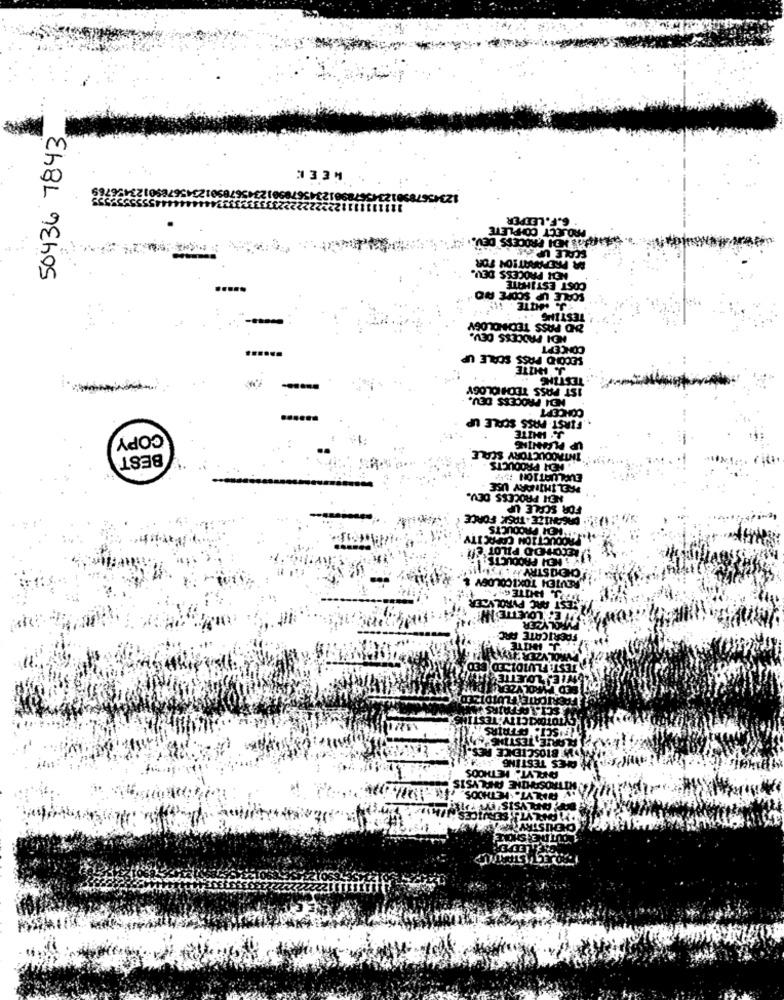
50436 7843
WEEK
123456789012345678961
6.F.LEEPER
PROJECT COMPLETE
HAR MOI PROCESS DEV.
SCALE UPAS
R PREPARATION TOR
NEH PROCESS DEV.
SCALE UP SCOPE RID
COST ESTIMATE
'TESTING.
UND PASS TECHNOLOGY
HEI PROCESS DEV.
CONCEPT
SECOND PASS SCALE UP
J. HITTE
. TESTING .
IST PASS TECHNOLOGY
MEN PROCESS DEV.
CONCEPT
. FIRST PASS SCALE UP
COPY
J. WHITE
UP PLANNING
THYAODUCTORY SCALE
BEST
. MEN PRODUCTS
EVALUATION 1549
PRELIMINARY USE
HEH PROCESS DEV.
FOR SCALE UP
ORGANIZE -TASK
"HER PRODUCTS
PRODUCTION COP
CECOM
THOOS
MALYSIS